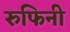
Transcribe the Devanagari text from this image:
रुफिनी